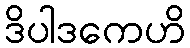
ဒိပါဒကေဟိ